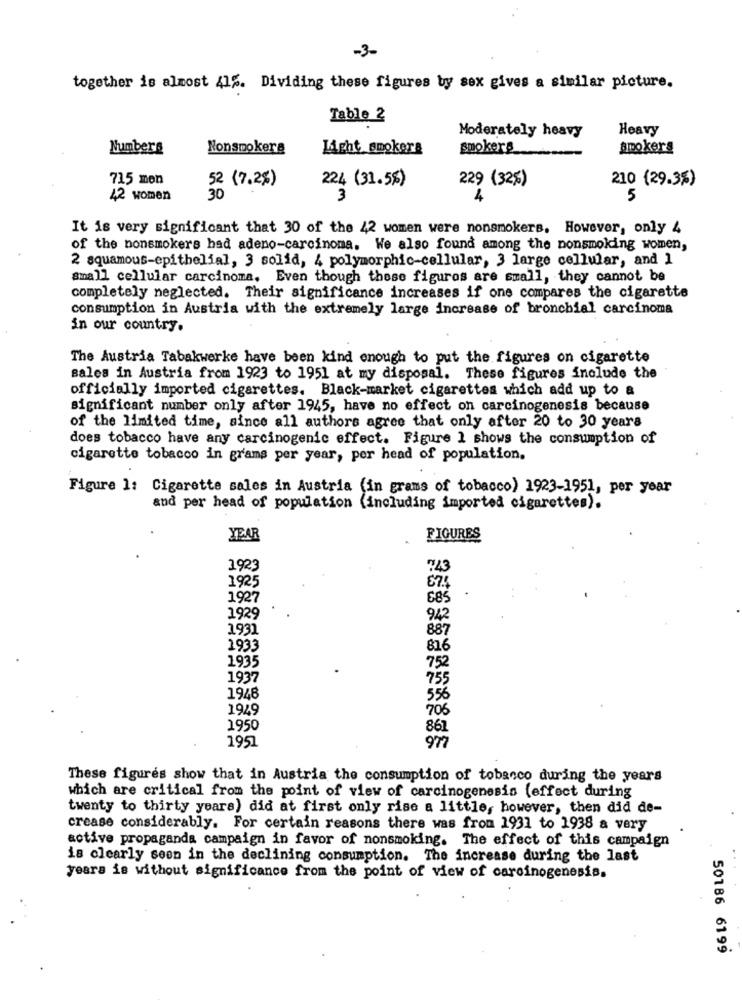
-3-
together is almost 41%. Dividing these figures by sex gives a similar picture.
Table 2
Heavy
Moderately heavy
Numbers
Nonsmokers
Light smokers
smokers
smokers
715 mon
52 (7.2%)
224 (31.5%)
229 (325)
210 (29.3%)
42 women
30
3
5
It is very significant that 30 of the 42 women were nonsmokers. However, only 4
of the nonsmokers had adeno-carcinoma. We also found among the nonsmoking women,
2 squamous-epithelial, 3 solid, 4 polymorphic-cellular, 3 large cellular, and 1
small cellular carcinoma. Even though these figures are small, they cannot be
completely neglected. Their significance increases if one compares the cigarette
consumption in Austria with the extremely large increase of bronchial carcinoma
in our country.
The Austria Tabakwerke have been kind enough to put the figures on cigarette
sales in Austria from 1923 to 1951 at my disposal. These figures include the
officially imported cigarettes. Black-market cigarettes which add up to a
significant number only after 1945, have no effect on carcinogenesis because
of the limited time, since all authors agree that only after 20 to 30 years
does tobacco have any carcinogenic effect. Figure 1 shows the consumption of
cigarette tobacco in grams per year, per head of population.
Figure 1: Cigarette sales in Austria (in grams of tobacco) 1923-1951, per year
and per head of population (including imported cigarettes).
YEAR
FIGURES
1923
743
1925
1927
685
1929
942
1931
887
1933
816
1935
752
1937
755
1948
556
1929
706
1950
861
1951
977
These figures show that in Austria the consumption of tobacco during the years
which are critical from the point of view of carcinogenesis {effect during
twenty to thirty years) did at first only rise a little, however, then did de-
crease considerably. For certain reasons there was from 1931 to 1938 a very
active propaganda campaign in favor of nonsmoking. The effect of this campaign
is clearly seen in the declining consumption. The increase during the last
. .
years is without significance from the point of view of carcinogenesis.
50186 6199